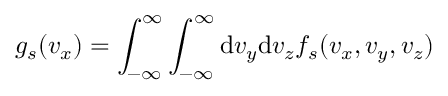
g _ { s } ( v _ { x } ) = \int _ { - \infty } ^ { \infty } \int _ { - \infty } ^ { \infty } \mathrm { d } v _ { y } \mathrm { d } v _ { z } f _ { s } ( v _ { x } , v _ { y } , v _ { z } )